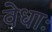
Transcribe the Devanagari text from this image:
वेधाः